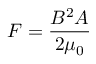
F = { \frac { B ^ { 2 } A } { 2 \mu _ { 0 } } }